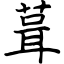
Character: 葺